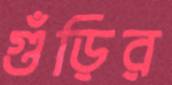
গুঁড়ির